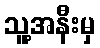
သူ့အနီးမှ